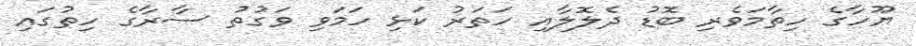
ޔޫހާގެ ހިތާމަވެރި ބޮޑު ދެލޮލާއި ހަތަރު ކަޅި ހަމަވި ވަގުތު ސާރާގެ ހިތުގައި